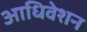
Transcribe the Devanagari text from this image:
आधिवेशन